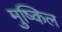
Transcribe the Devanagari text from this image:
मुष्किल